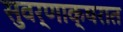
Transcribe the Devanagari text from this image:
सुवर्णाक्षरात